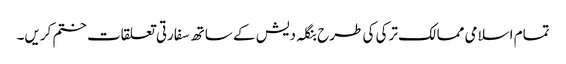
تمام اسلامی ممالک ترکی کی طرح بنگلہ دیش کے ساتھ سفارتی تعلقات ختم کریں۔